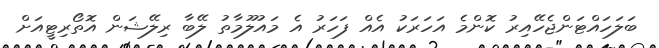
ބަލަހައްޓަންޖެހޭއިރު ކޮންމެ އަހަރަކު އެއް ފަހަރު އެ މައުލޫމާތު ލޭބާ ރިލޭޝަން އޮތޯރިޓީއަށް